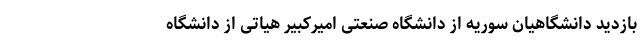
بازدید دانشگاهیانِ سوریه از دانشگاه صنعتی امیرکبیر هیاتی از دانشگاه